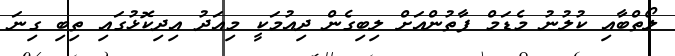
ލޯތްބާއި ކުލުނު މެޑަމް ފާތުންއަށް ލިބިގެން ދިއުމަކީ މިއަދު އިދިކޮޅުގައި ތިބި ގިނަ